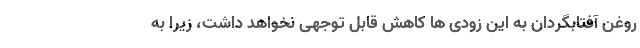
روغن آفتابگردان به این زودی ها کاهش قابل توجهی نخواهد داشت، زیرا به